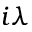
i \lambda